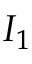
I _ { 1 }